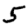
Digit: 5